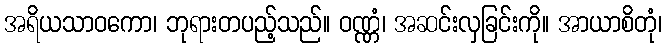
အရိယသာဝကော၊ ဘုရားတပည့်သည်။ ဝဏ္ဏံ၊ အဆင်းလှခြင်းကို။ အာယာစိတုံ၊